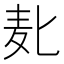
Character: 𱋅